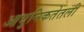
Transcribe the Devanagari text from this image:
आधुनिकतेतली